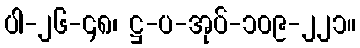
ပါ-၂၆-၄၈၊ ဋ္ဌ-ပ-အုပ်-၁၀၉-၂၂၁။